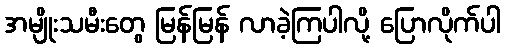
အမျိုးသမီးတွေ မြန်မြန် လာခဲ့ကြပါလို့ ပြောလိုက်ပါ